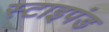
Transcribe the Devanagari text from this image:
स्टाइपंड